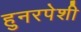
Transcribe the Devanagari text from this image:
हुनरपेशी